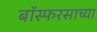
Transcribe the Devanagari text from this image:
बॉस्फरसाच्या